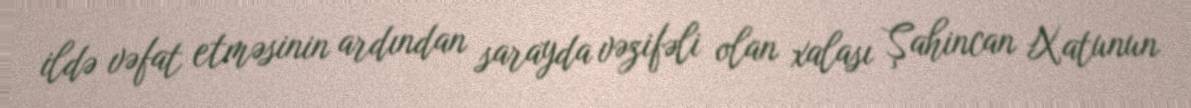
ildə vəfat etməsinin ardından sarayda vəzifəli olan xalası Şahincan Xatunun